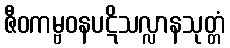
ဇီဝကမ္ဗဝနပဋိသလ္လာနသုတ္တံ